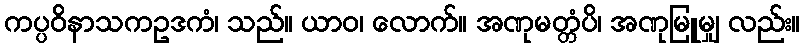
ကပ္ပဝိနာသကဥဒကံ၊ သည်။ ယာဝ၊ လောက်။ အဏုမတ္တံပိ၊ အဏုမြူမျှ လည်း။